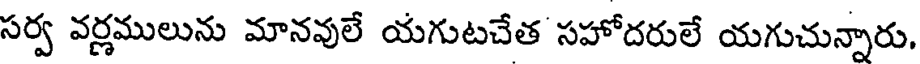
సర్వ వర్ణములును మానవులే యగుటచేత సహోదరులే యగుచున్నారు,